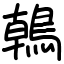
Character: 𪂂